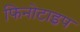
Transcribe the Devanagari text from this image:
फिनोटाइप